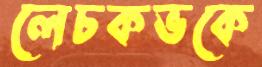
লেচকভকে